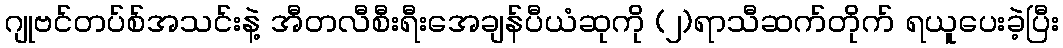
ဂျုဗင်တပ်စ်အသင်းနဲ့ အီတလီစီးရီးအေချန်ပီယံဆုကို (၂)ရာသီဆက်တိုက် ရယူပေးခဲ့ပြီး